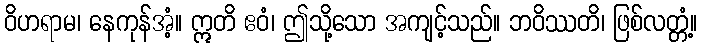
ဝိဟရာမ၊ နေကုန်အံ့။ ဣတိ ဧဝံ၊ ဤသို့သော အကျင့်သည်။ ဘဝိဿတိ၊ ဖြစ်လတ္တံ့။